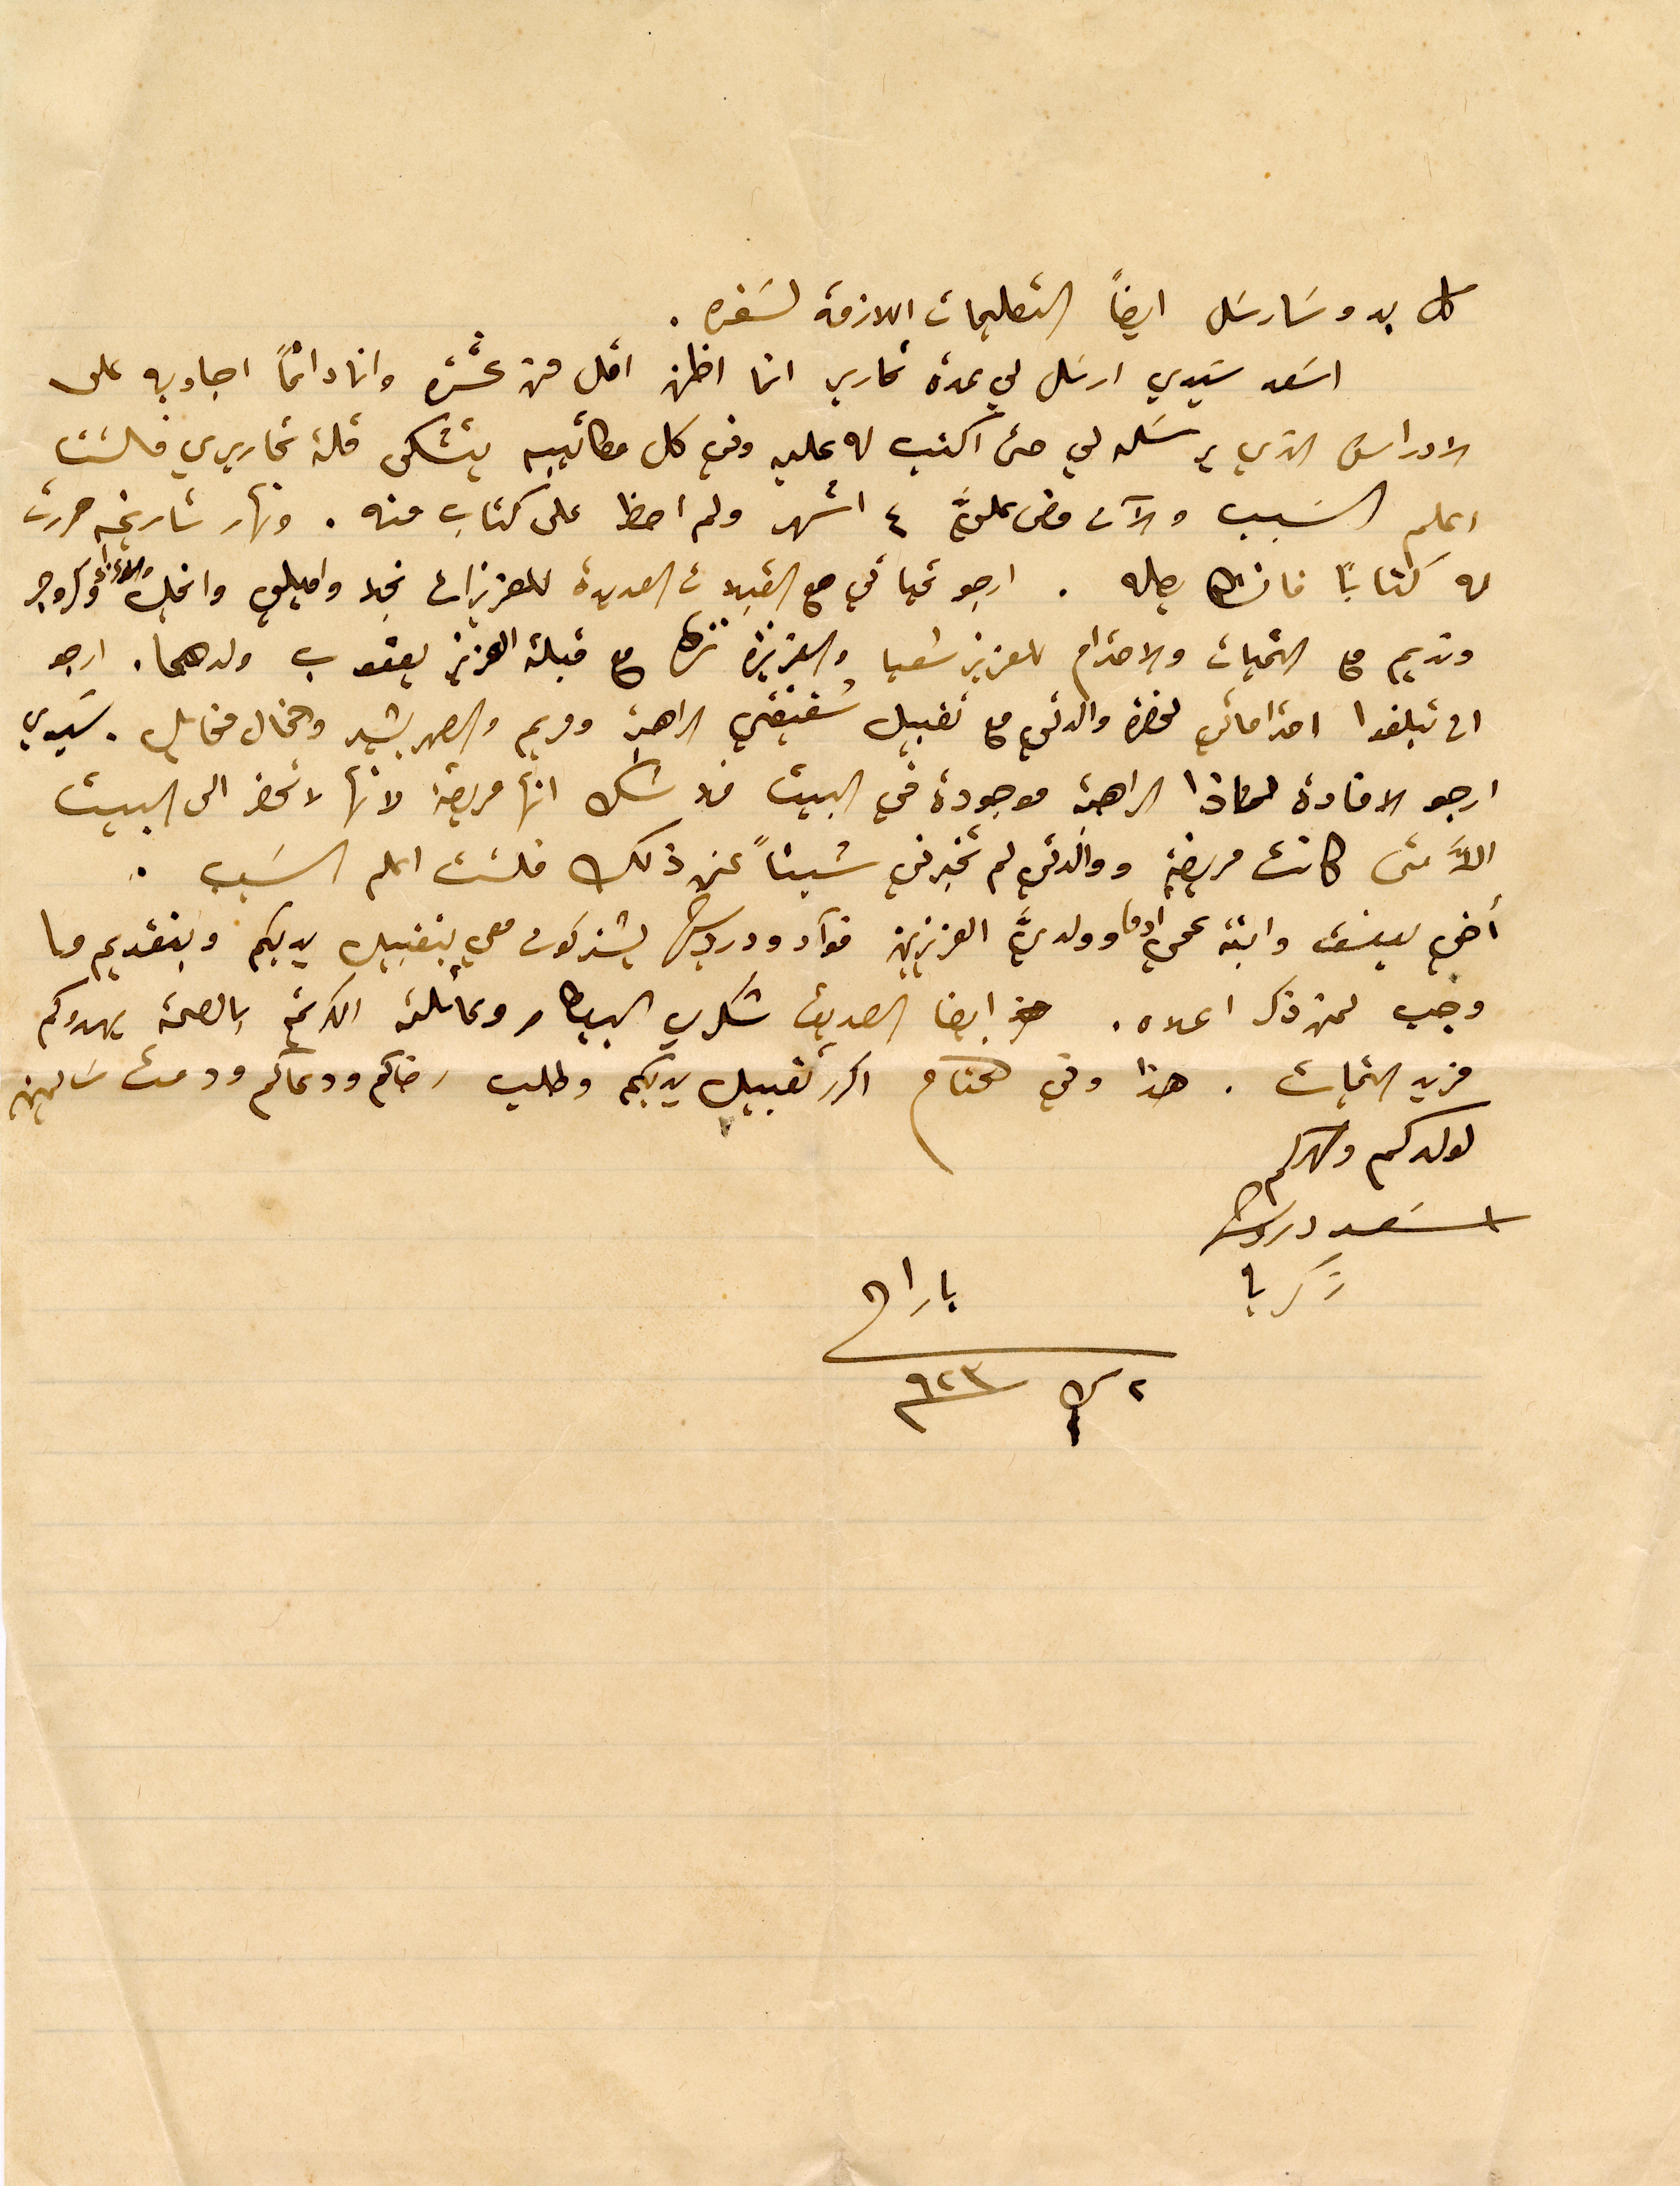
كل بدو سَارسَل ايضاً التعليمات اللازمة لسَفره.
اسَعد سَيدي ارسَل لي عدة تحارير انما اظن اقل من عشرة وانا دائماً اجاوبه على
الاوراق الذي يرسَله لي حتى اكتب له عليه وفي كل مكاتيبه يتشكى قلة تحاريري فلست
اعلم السبب والآن مضى عليّ ٤ اشهر ولم احظ على كتاب منه. ونهار تاريخه حررت
له كتابًا فانشالله يصله. ارجو تحياتي مع القبلات العديدة للعزيزات نجلا واميلي وانجل وكروجر
ونديم مع التحيات والاحترام للعزيز شعيا والعزيزة نزها مع قبلة العزيز يعقوب ولدهما. ارجو
ان تبلغوا احتراماتي لحضرة والدتي مع تقبيل شقيقتي الراهبة ومريم والصهر بشير والخال مخايل. سيدي
ارجو الافادة لماذا الراهبة موجودة في البيت فلا شك انها مريضة لانها لا تحضر الى البيت
الاَّ متى كانت مريضة ووالدتي لم تخبرني شيئاً عن ذلك فلست اعلم السَبب.
اخي يوسف وابنة عمي ادما وولدي العزيزين فوآد ودرويش يشتركون معي بتقبيل يديكم وبتقديم ما
وجب لمن ذكر اعلاه. ايضا الصديق شكري البيطار وعائلته بالصحة، يهدوكم
فريد التحيات. هذا وفي الختام اكرر تقبيل يديكم وطلب رضاكم ودعاكم ودمت سالمين
لولدكم وصهركم
اسَعد درويش
زكريا
بارا في
٢ ك٢ ٩٢٣